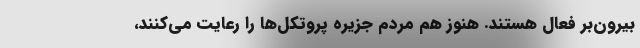
بیرون‌بر فعال هستند. هنوز هم مردم جزیره پروتکل‌ها را رعایت می‌کنند،